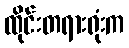
ထိုင်းတရားရုံးက